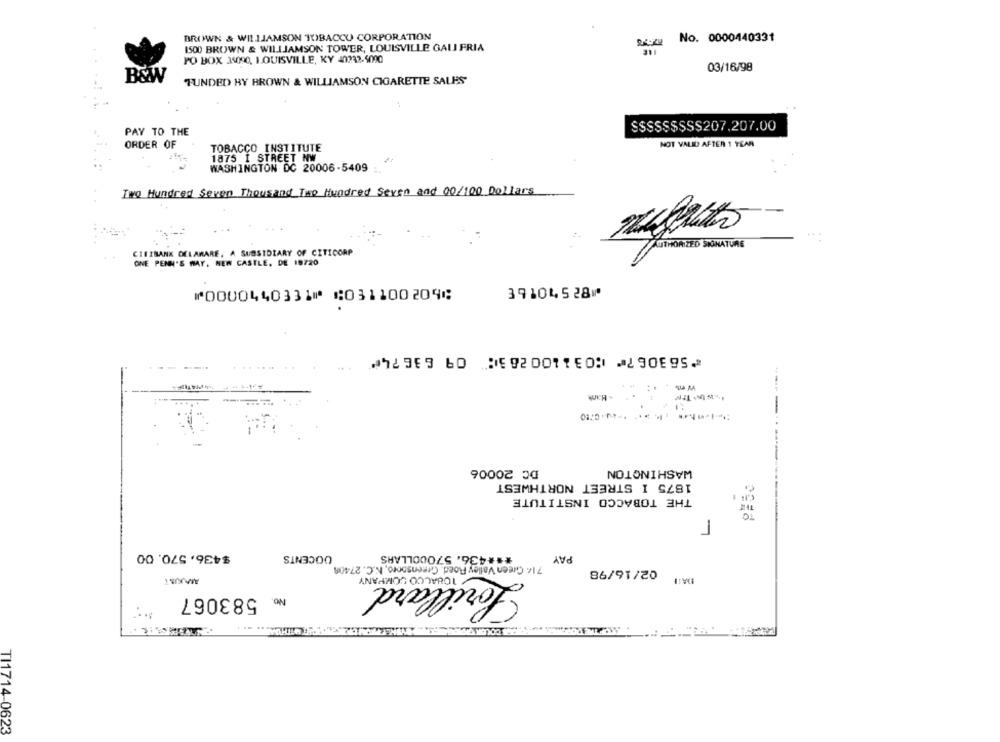
BROWN & WILLIAMSON TOBACCO CORPORATION
No. 0000440331
ISO0 BROWN & WILLIAMSON TOWER, LOUISVILLE GALI FRIA
PO BOX 35090, LOUISVILLE, KY 40232-5090
03/16/98
B&W
FUNDED BY BROWN & WILLIAMSON CIGARETTE SALES
SSSSSSSSS207.207.00
PAY TO THE
ORDER OF
TOBACCO INSTITUTE
NOT VALID AFTER 1 YEAR
1875 1 STREET NW
WASHINGTON DC 20006-5409
Two Hundred Seven Thousand Two Hundred Seven and 00/100 Dollars
CITIBANK DELAMARE, A SUBSIDIARY OF CITICORP
AUTHORIZED SKÁNATURE
ONE PENN'S WAY. NEW CASTLE, DE 18720
39104528⑈
⑈0000440331⑈ ⑆031100209⑆
⑈563067⑈ ⑆031100283⑆ 09 63674⑈
Hank
-
DC 20006
WASHINGTON
1875 I STREET NORTHWEST
THE TOBACCO INSTITUTE
$436,570.00
DOCENTS
*** 436. 570DOLLARS
PAY
714 Green Valley Road. Greensporo, K.C. 27408
02/16/98
AMOUNT
Lorillard
583067
No.
TI1714-0623